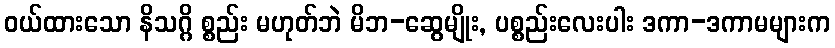
ဝယ်ထားသော နိသဂ္ဂိ စ္စည်း မဟုတ်ဘဲ မိဘ-ဆွေမျိုး, ပစ္စည်းလေးပါး ဒကာ-ဒကာမများက